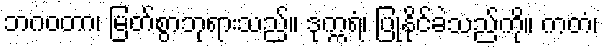
ဘဂဝတာ၊ မြတ်စွာဘုရားသည်။ ဒုက္ကရံ၊ ပြုနိုင်ခဲသည်ကို။ ကတံ၊